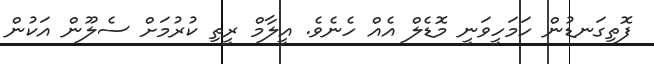
ފޮތިގަނޑުން ހަމަހީވަނީ މޮޑެލް އެއް ހެނެވެ. އީލާމް ރީތި ކުރުމަށް ސެލޫން އަކުން